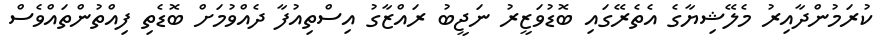
ކުރަމުންދާއިރު މެލޭޝިޔާގެ އެތެރޭގައި ބޮޑުވަޒީރު ނަޖީބު ރައްޒާގު އިސްތިއުފާ ދެއްވުމަށް ބޮޑެތި ފިއްތުންތައްވެސް